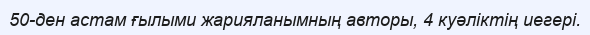
50-ден астам ғылыми жарияланымның авторы, 4 куәліктің иегері.